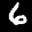
Label: 6